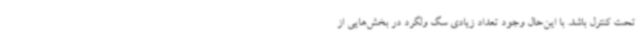
تحت کنترل باشد. با این‌حال وجود تعداد زیادی سگ ولگرد در بخش‌هایی از